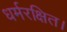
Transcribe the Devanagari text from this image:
धर्मरक्षित।